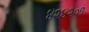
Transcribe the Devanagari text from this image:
४२४२०१